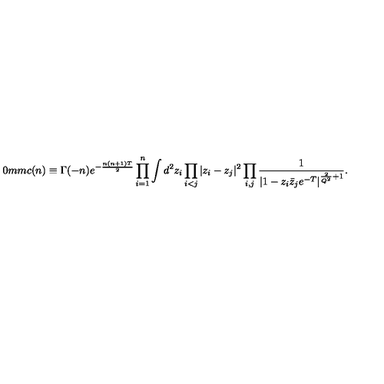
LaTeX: \hspace { - 2 0 m m } c ( n ) \equiv \Gamma ( - n ) e ^ { - { \frac { n ( n + 1 ) T } { 2 } } } \prod _ { i = 1 } ^ { n } \int d ^ { 2 } z _ { i } \prod _ { i < j } | z _ { i } - z _ { j } | ^ { 2 } \prod _ { i , j } { \frac { 1 } { | 1 - z _ { i } \bar { z } _ { j } e ^ { - T } | ^ { { \frac { 2 } { Q ^ { 2 } } } + 1 } } } .